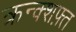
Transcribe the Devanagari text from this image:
क्रन्क्शफ़्त